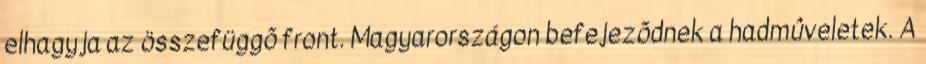
elhagyja az összefüggõ front. Magyarországon befejezõdnek a hadmûveletek. A